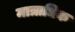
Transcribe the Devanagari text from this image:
मात्राधिक